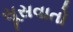
સૂસવાતો